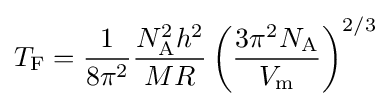
T_{\text{F}}={\frac {1}{8\pi ^{2}}}{\frac {N_{\text{A}}^{2}h^{2}}{MR}}\left({\frac {3\pi ^{2}N_{\text{A}}}{V_{\text{m}}}}\right)^{2/3}